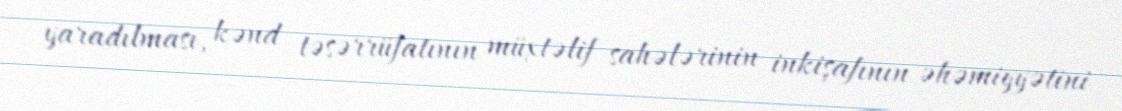
yaradılması, kənd təsərrüfatının müxtəlif sahələrinin inkişafının əhəmiyyətini